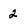
Character: 2